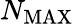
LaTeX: N_{\textrm{MAX}}